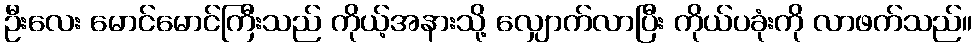
ဦးလေး မောင်မောင်ကြီးသည် ကိုယ့်အနားသို့ လျှောက်လာပြီး ကိုယ်ပခုံးကို လာဖက်သည်။